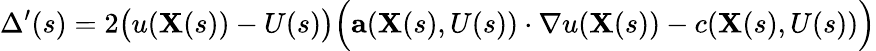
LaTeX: \Delta^{\prime}(s)=2{\big(}u(\mathbf{X}(s))-U(s){\big)}{\Big(}\mathbf{a}(\mathbf{X}(s),U(s))\cdot\nabla u(\mathbf{X}(s))-c(\mathbf{X}(s),U(s)){\Big)}